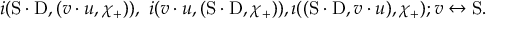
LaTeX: i ( \mathrm { S } \cdot \mathrm { D } , ( v \cdot u , \chi _ { + } ) ) , \ i ( v \cdot u , ( \mathrm { S } \cdot \mathrm { D } , \chi _ { + } ) ) , \i ( ( \mathrm { S } \cdot \mathrm { D } , v \cdot u ) , \chi _ { + } ) ; v \leftrightarrow \mathrm { S } .